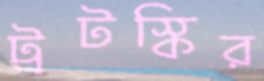
ট্রটস্কির